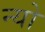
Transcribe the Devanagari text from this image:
न्यो